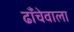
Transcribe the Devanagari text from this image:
ढाँचेवाला